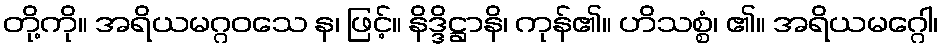
တို့ကို။ အရိယမဂ္ဂဝသေ န၊ ဖြင့်။ နိဒ္ဒိဋ္ဌာနိ၊ ကုန်၏။ ဟိသစ္စံ၊ ၏။ အရိယမဂ္ဂေါ၊